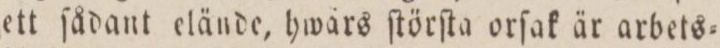
ett ſådant elände, hwärs ſtörſta orſak är arbets=